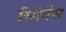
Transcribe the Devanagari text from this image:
रिमेनेंस